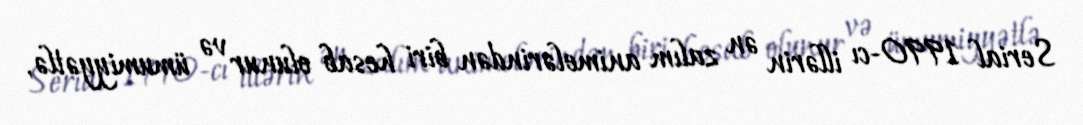
Serial 1990-cı illərin ən zalım animelərindən biri hesab olunur və ümumiyyətlə,